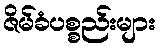
ဇိမ်ခံပစ္စည်းများ